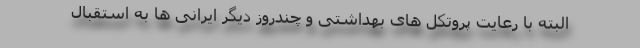
البته با رعایت پروتکل های بهداشتی و چندروز دیگر ایرانی ها به استقبال